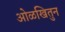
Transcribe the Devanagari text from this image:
ओळखितुन